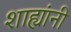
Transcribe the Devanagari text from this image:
शाह्यांनी